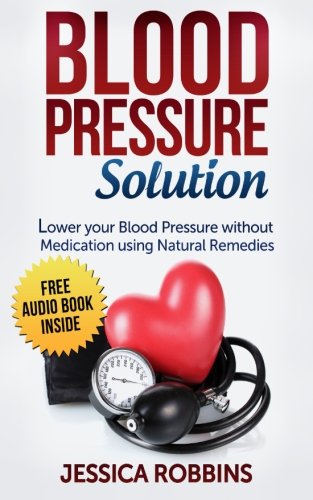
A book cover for Blood Pressure Solution: How to lower your Blood Pressure without medication using Natural Remedies (Natural Remedies, Blood Pressure, Hypertension); Jessica Robbins; Health, Fitness & Dieting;